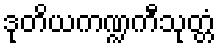
ဒုတိယကဏ္ဍကီသုတ္တံ